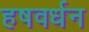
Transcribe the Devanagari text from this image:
हषवर्धन